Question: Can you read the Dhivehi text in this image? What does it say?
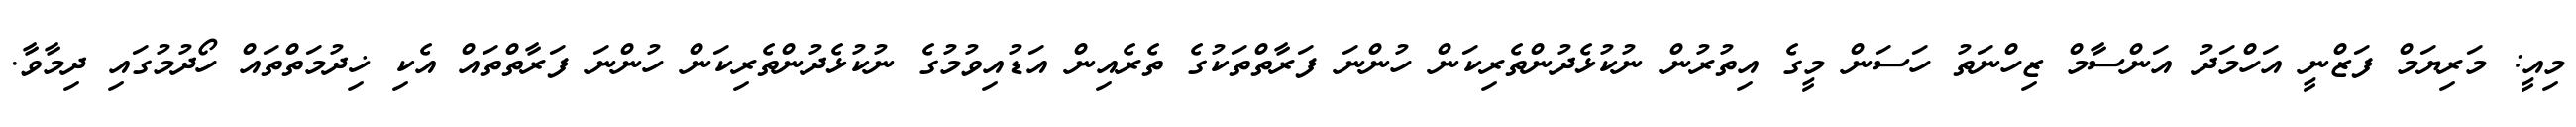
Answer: މިއީ: މަރިޔަމް ފަޒްނީ އަހްމަދު އަންސާމް ޒިހްނަތު ހަސަން މީގެ އިތުރުން ނުކުޅެދުންތެރިކަން ހުންނަ ފަރާތްތަކުގެ ތެރެއިން އަޑުއިވުމުގެ ނުކުޅެދުންތެރިކަން ހުންނަ ފަރާތްތައް އެކި ޚިދުމަތްތައް ހޯދުމުގައި ދިމާވާ.